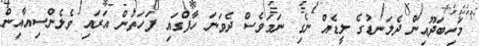
މަހިބަދޫއިން ދެލަނޑުގެ ލީޑެއް ނެގި ނަމަވެސް ދެވަނަ ހާފްގައި ފަހަތުން އަރައި ވެލެންސިއާއިން